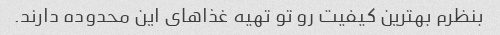
بنظرم بهترین کیفیت رو تو تهیه غذاهای این محدوده دارند.